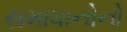
સમાધાનોનો